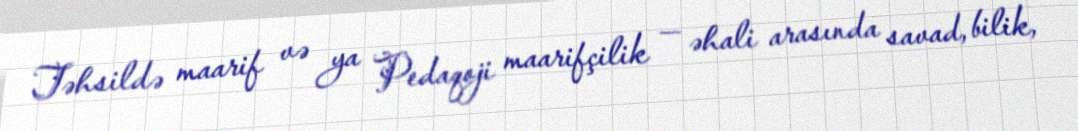
Təhsildə maarif və ya Pedaqoji maarifçilik — əhali arasında savad, bilik,